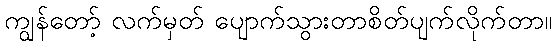
ကျွန်တော့် လက်မှတ် ပျောက်သွားတာစိတ်ပျက်လိုက်တာ။